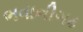
ભવાનીગઢ